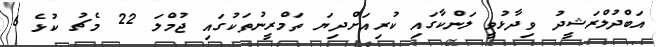
އަބްދުލްރަޝީދު ވިދާޅުވީ ލަންކާގައި ކުރިއަށްދިޔަ ތަމްރީނުތަކުގައި ޖުމްލަ 22 މެޗު ކުޅެ 6